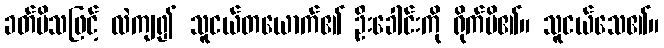
ခတ်မိသဖြင့် လဲကျ၍ သူငယ်တယောက်၏ ဦးခေါင်းကို ရိုက်မိ၏။ သူငယ်သေ၏။